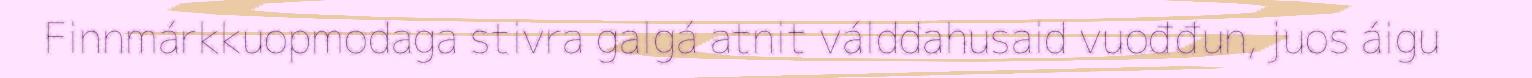
Finnmárkkuopmodaga stivra galgá atnit válddahusaid vuođđun, juos áigu